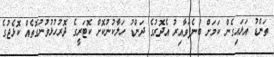
ތަންޑު އަޅައިގެން ކަމަށް ބުނެފަވާއިރު އެދޮރުގެ ދަންޑު ހަލާކުނުކޮށް ކޮޓަރީގެ ދޮރުހުޅުވުނުގޮތެއް ކޮޅެޖުގެ